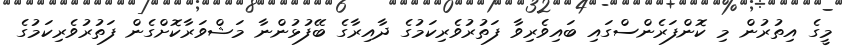
މީގެ އިތުރުން މި ކޮންފަރެންސްގައި ބައިވެރިވާ ފަތުރުވެރިކަމުގެ ދާއިރާގެ ބޭފުޅުންނާ މަޝްވަރާކޮށްގެން ފަތުރުވެރިކަމުގެ